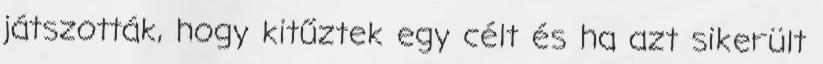
játszották, hogy kitűztek egy célt és ha azt sikerült